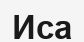
Иса